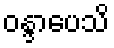
ဝန္ဒာပေသိ